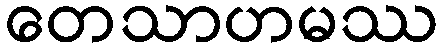
တေသာဟမဿ